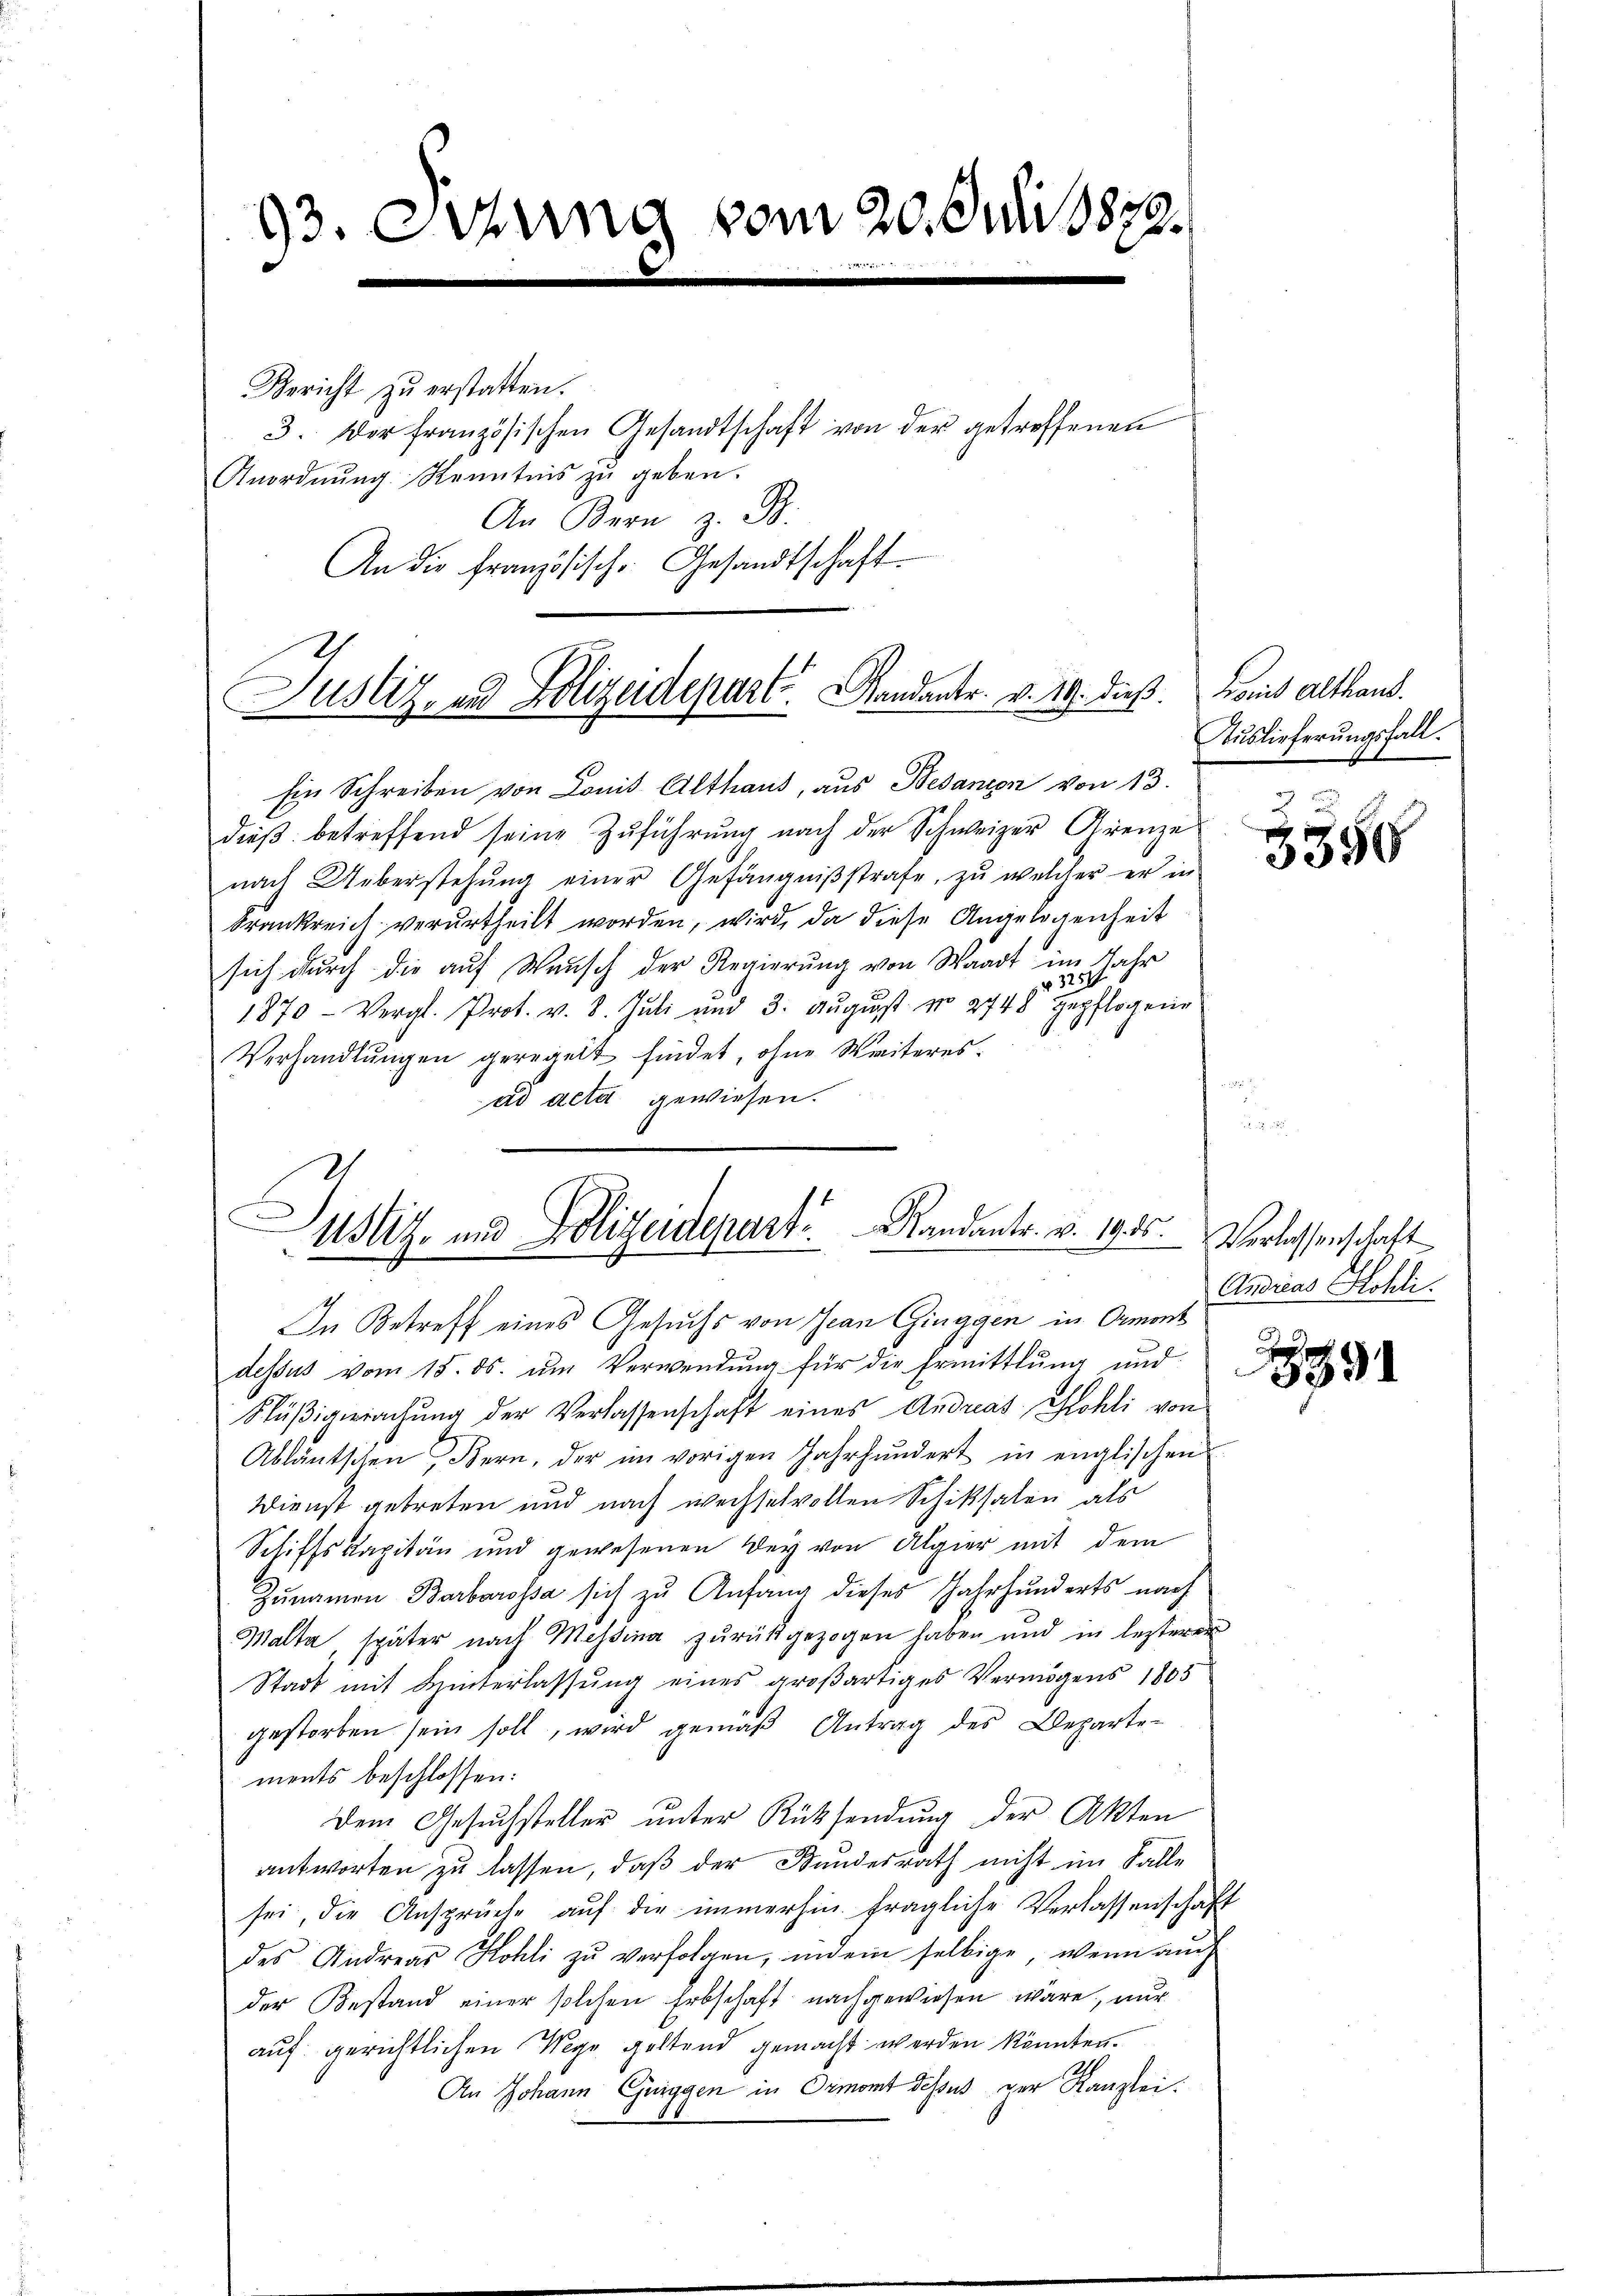
93. Sitzung vom 20. Juli 1883.

Bericht zu erstatten.
3. Der französischen Gesandtschaft von der getreffenen
Anordnŭng Kenntnis zŭ geben.
An Bern z. B.
An die französische Gesandtschaft

Justiz- und Polizeidepart. Mandanter. v. 19. dieß

Ein Schreiben von Louis Althaus, aus Bedanion von 13.
dieβ betreffend seine Zuführung nach der Schweizer Grenze
nach Ueberstehŭng einer Gefängniβstrafe, zŭ welcher er in
Frankreich verurtheilt worden, wird, da diese Angelegenheit
sich durch die auf Wunsch der Regierŭng von Waadt im Jahr
2 189
1870- Vergl. Prot. v. 8. Jŭli und 3. Aŭgŭst No 2748 gepflogene
Verhandlŭngen geregelt findet, ohne Weiteres.
ad acta gewiesen.

Justiz- und Polizeidepart ..     Randants. v. 1935.

Kind althaus.
Auslieferungsfall.

In Betreff eines Gesuchs von Jean Ginggen in Ormont
dessus vom 15. ds. ŭm Verwendŭng für die Ermittlung und
Flüβigerachŭng der Verlassenschaft eines Andreas Sohli von
Abläŭtschen Bern, der im vorigen Jahrhundert in englischen
Dienst getreten und nach wechselvollen Schiksalen als
Schiffskapitän und gewesenen Bey von Algier mit dem
Zunamen Barbarossa sich zu Anfang dieses Jahrhunderts nach
Malta, später nach Messina zurückgezogen haben und in lezteren
Stadt mit Hinterlassŭng eines großartiges Vermögens 1805
gestorben sein soll, wird gemäβ Antrag des Departe-
ments beschlossen:
Dem Gesuchsteller ŭnter Rücksendung der Akten
antworten zu lassen, daß der Bundesrath nicht im Falle
sei, die Ansprüche auf die immerhin fragliche Verlassenschaft
des Andreas Kohli zŭ verfolgen, indem selbige, wenn auch
der Bestand einer solchen Erbschaft nachgewiesen wäre, nur
auf: gerichtlichen Wege geltend gemacht werden könnten.
An Johann Gjurggen in Ormont dessus der Kanzlei.

3350

Verlassenschaft
Andreas Sohli.